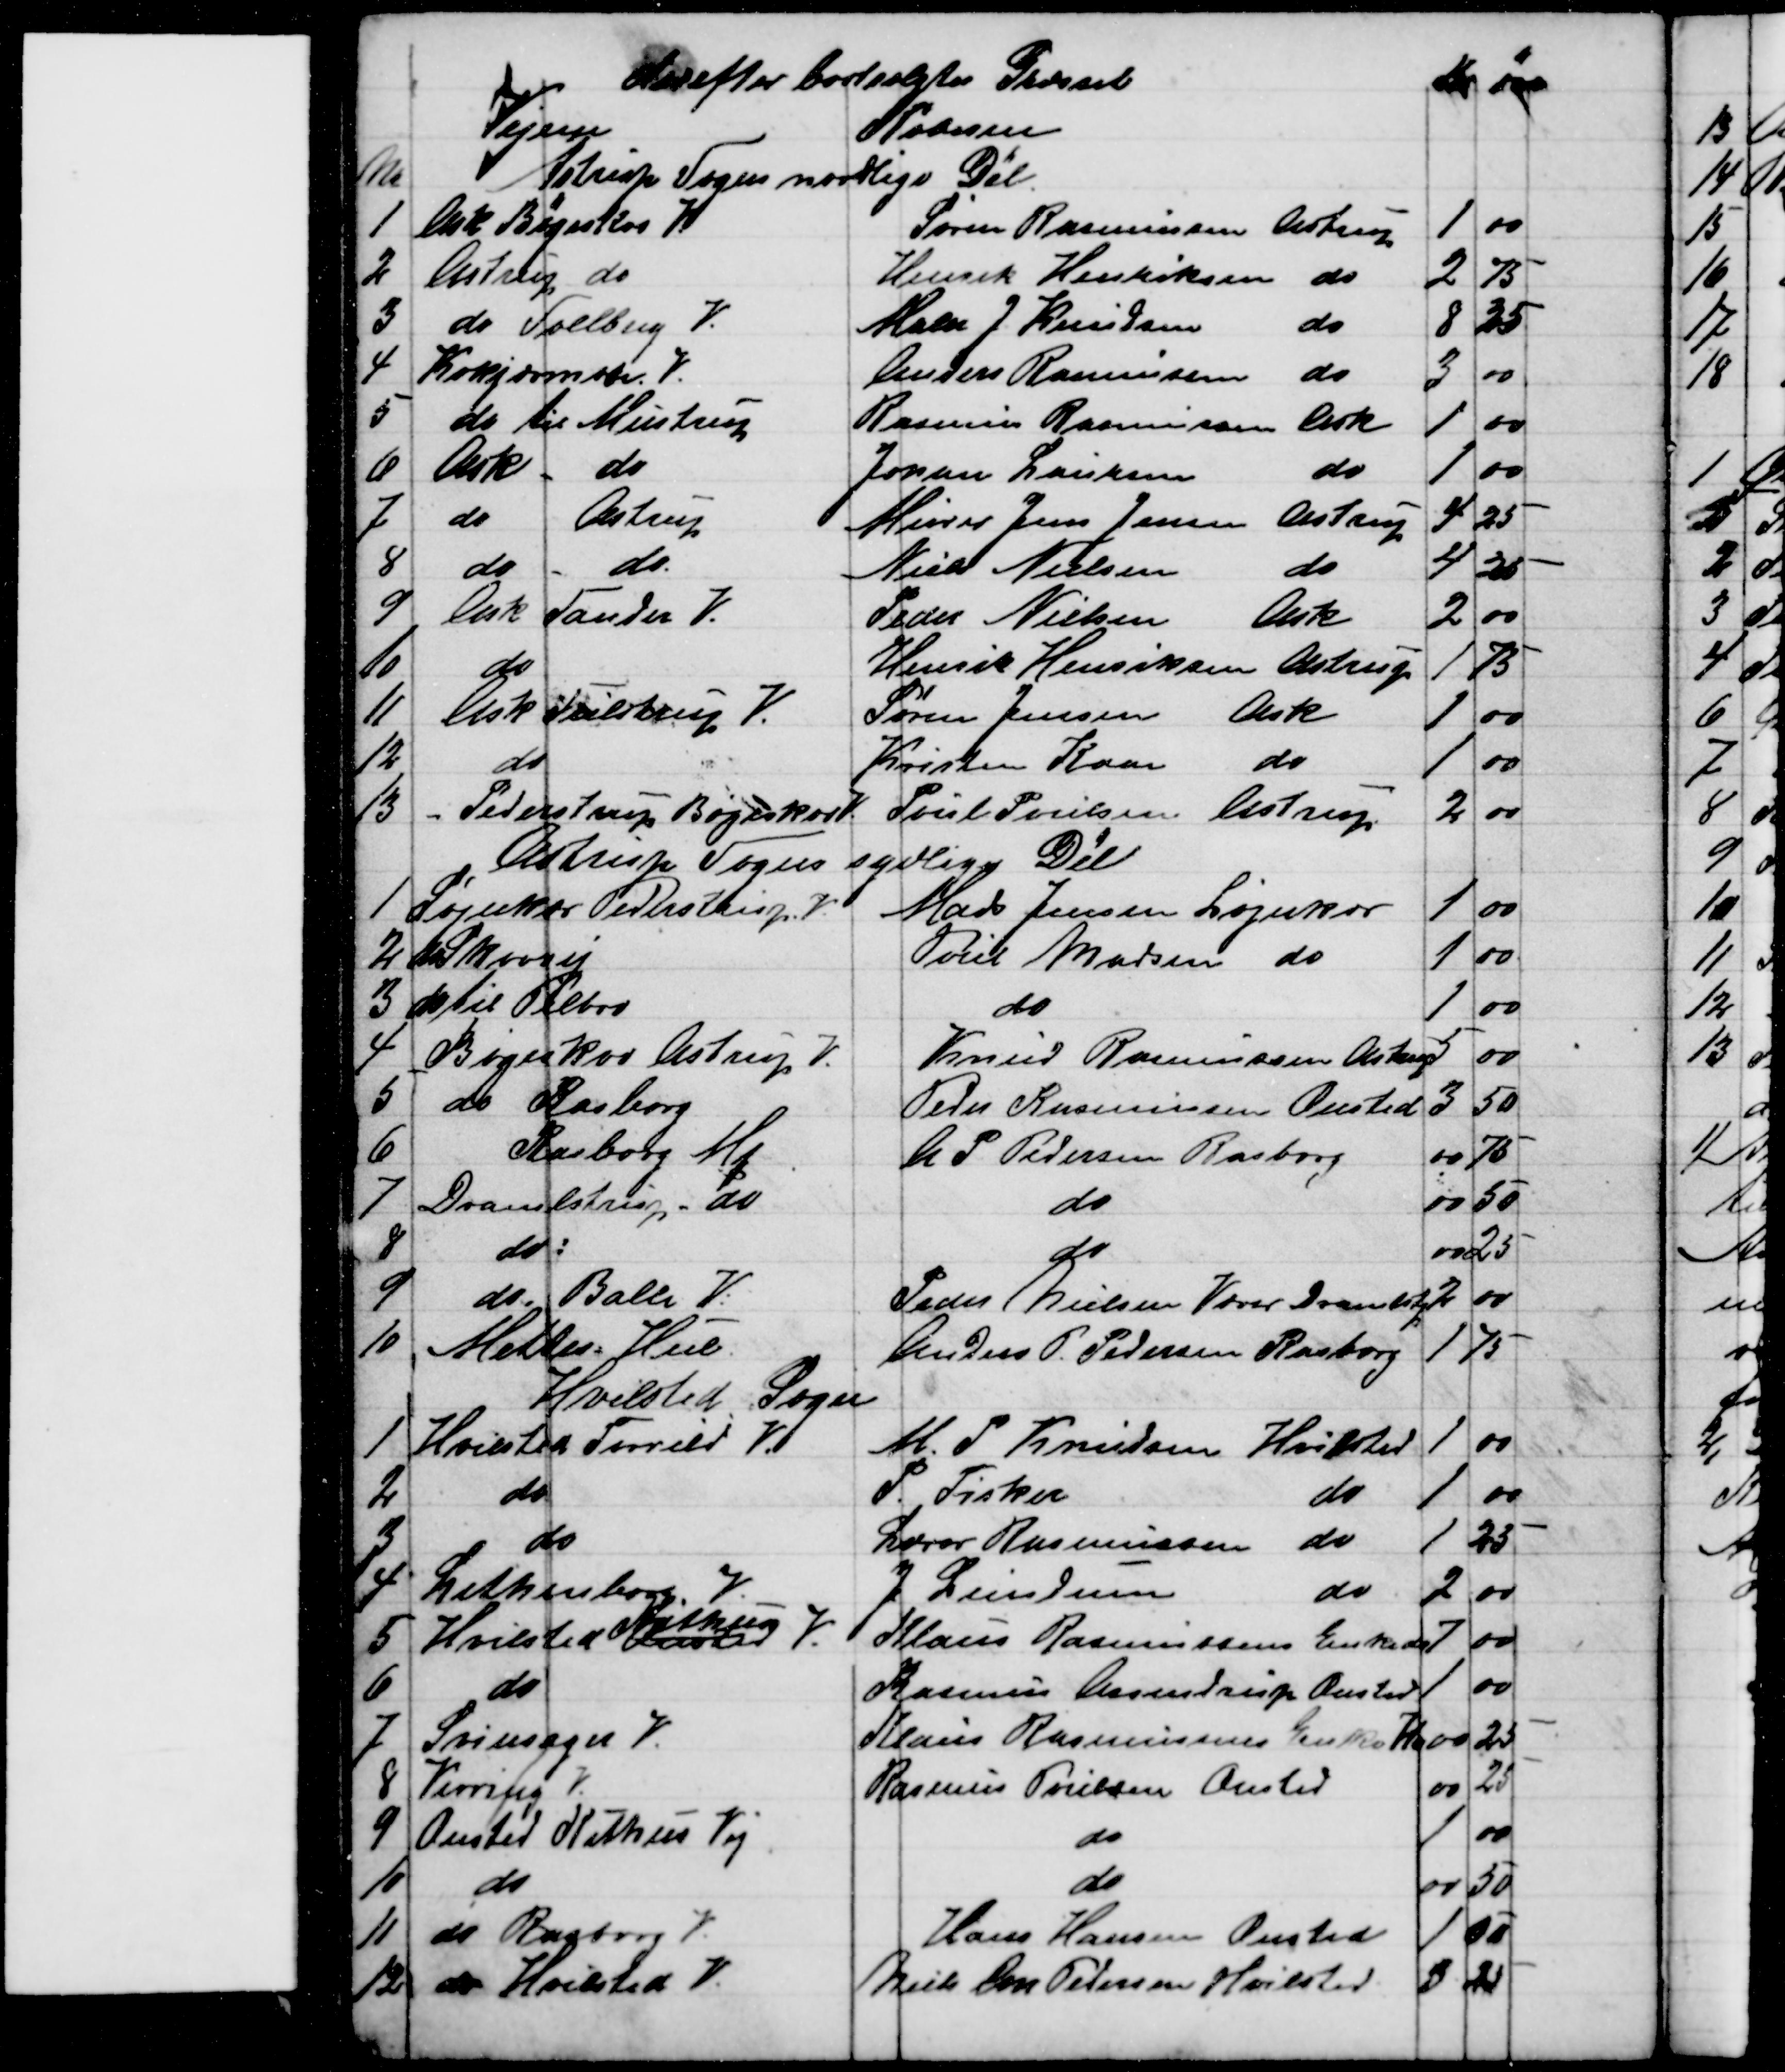
Transskription:
Derefter bortsolgtes Græsset
Kr 
øre
Vejene
Køberen
№
Astrup Sogns nordlige Del
1
Ask Bøgeskov V
Søren Rasmussen Astrup
1
00
2
Astrup do
Henrik Henriksen do
2
75
3
do Soelberg V.
Maler J. Knudsen 
do
8
25
4
Kokjærmose. V.
Anders Rasmussen do
3
00
5
do til Mustrup
Rasmus Rasmussen Ask
1
00
6
Ask - do
Johan Laursen 
do
1
00
7
do Astrup
Murer Jens Jensen Astrup
4
25
8
do - do
Niels Nielsen 
do
4
25
9
Ask Tander V.
Peder Nielsen Ask
2
00
10
do
Henrik Henriksen Astrup
1
75
11
Ask  Tulstrup V.
Søren Jensen Ask
1
00
12
do
Kristen Kaae do
1
00
13
Pederstrup Bøgeskov V.
Poul Poulsen, Astrup
2
00
Astrup Sogns sydlige Del
1
Løjnkær Pederstrup V
Mads Jensen Løjnkær
1
00
2
do Skovvej
Poul Madsen do
1
00
3
do til Pilbro
do
1
00
4
Bøgeskov Astrup V.
Knud Rasmussen Astrup
5
00
5
do Rasborg
Peder Rasmussen Onsted
3
50
6
Rasborg Mq
A. P. Pedersen Rasborg
00
75
7
Dramlstrup, do
do
00
50
8
do
do
00
25
9
do. Balle V.
Peder Nielsen Væver Dramlstp 
2
00
10
Mettes Hul
Anders P. Pedersen Rasborg
1
75
Hvilsted sogn
1
Hvilsted Torrild V
M. P. Knudsen Hvilsted
1
00
2
do
P. Fisker 
 do
1
00
3
do
Lærer Rasmussen do
1
25
4
Lethenborg. V.
J. Lundum 
do
2
00
5
Hvilsted Astrup 
Kithus
V
Klaus Rasmussens Enke do
7
00
6
do
Rasmus Assendrup Onsted 
1
00
7
Svinsager V.
Klaus Rasmussens Enke Hv
00
25
8
Virring V.
Rasmus Poulsen Onsted
00
25
9
Onsted Kithus Vej
do
1
00
10
do
do
00
50
11
do Rasborg V
Hans Hansen Onsted
1
50
12
do Hvilsted V.
Niels Chr Pedersen Hvilsted
3
25